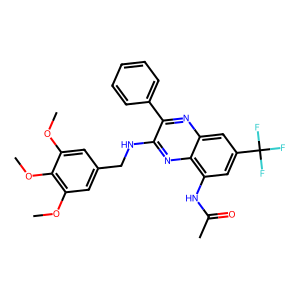
SMILES: COc1cc(CNc2nc3c(NC(C)=O)cc(C(F)(F)F)cc3nc2-c2ccccc2)cc(OC)c1OC
Inhibits HIV replication: No